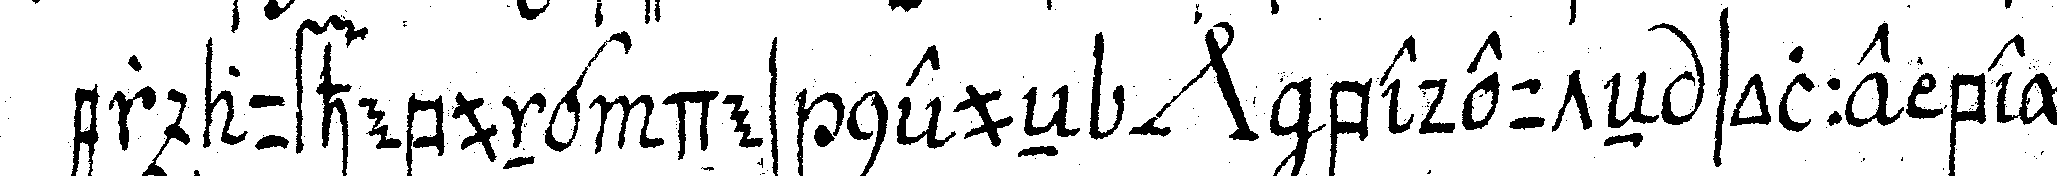
er aufhebung des neueN *nee* bedeuteN solle beym